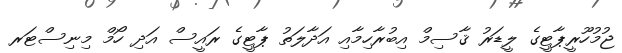
ޖުމުހޫރީޕާޓީގެ ލީޑަރު ޤާސިމް އިބުރާހިމާއި އަދާލަތު ޕާޓީގެ ރައީސް އަދި ހޯމް މިނިސްޓަރ